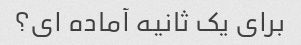
برای یک ثانیه آماده ای؟